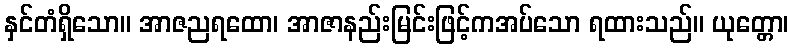
နှင်တံရှိသော။ အာဇညရထော၊ အာဇာနည်းမြင်းဖြင့်ကအပ်သော ရထားသည်။ ယုတ္တော၊